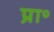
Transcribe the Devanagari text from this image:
प्रा॰